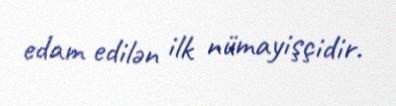
edam edilən ilk nümayişçidir.